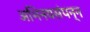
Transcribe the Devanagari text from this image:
अभिनयसंपन्‍न